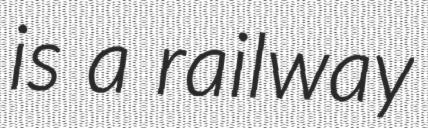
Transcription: is a railway